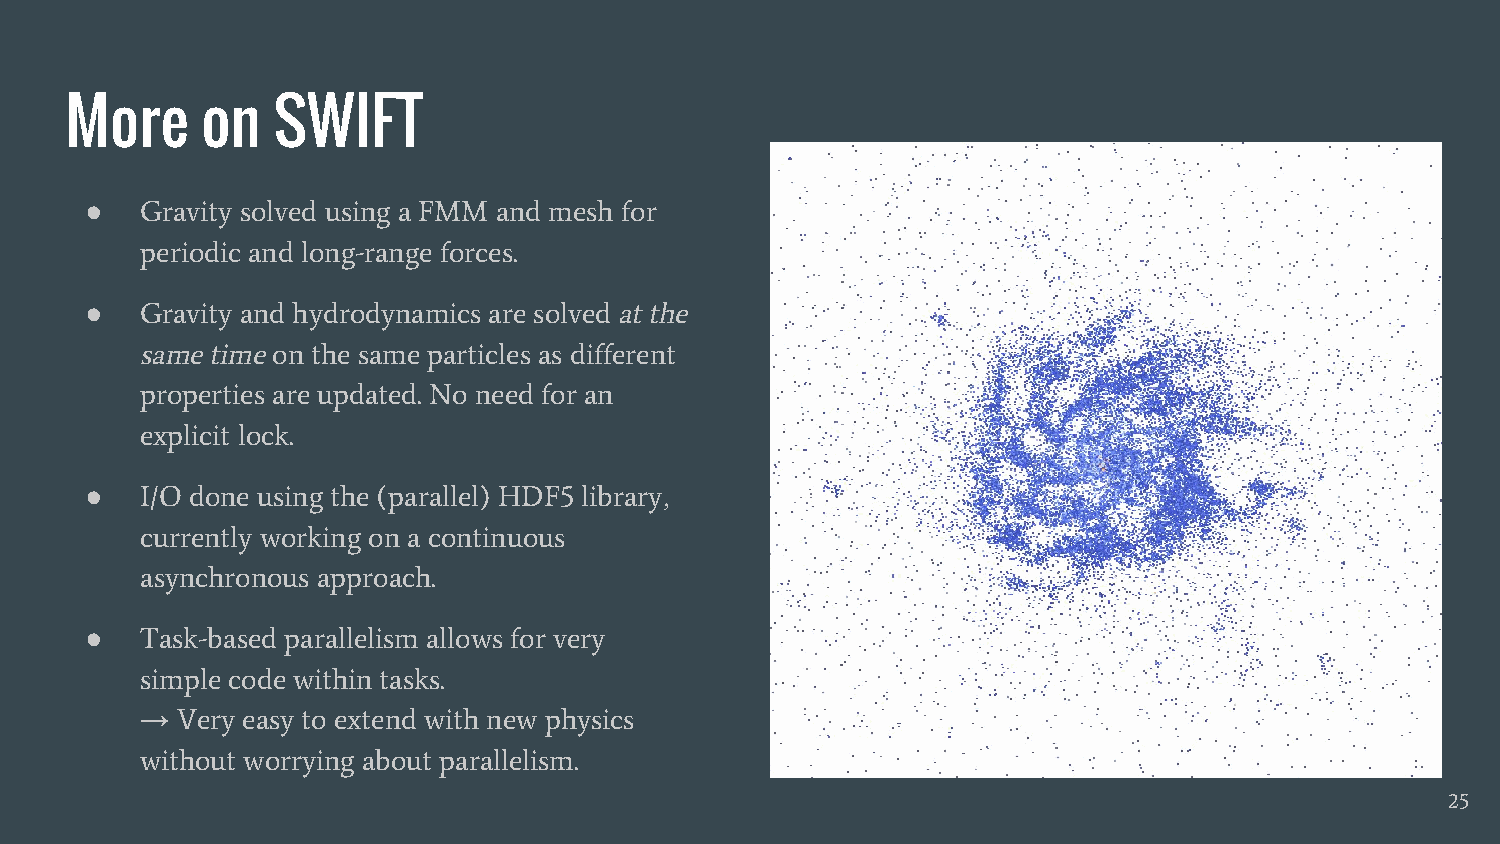
More     on   SWIFT
 ●  Gravity solved using a FMM and mesh for
 periodic and long-range forces.
 ●  Gravity and hydrodynamics are solved at the
 same time on the same particles as different
 properties are updated. No need for an
 explicit lock.
 ●  I/O done using the (parallel) HDF5 library,
 currently working on a continuous
 asynchronous approach.
 ●  Task-based parallelism allows for very
 simple code within tasks.
 →  Very easy to extend with new physics
 without worrying about parallelism.
 25